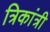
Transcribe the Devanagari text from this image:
त्रिकांत्री